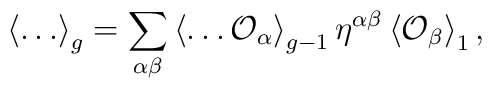
\left\langle \ldots \right\rangle _g=\sum _{\alpha \beta}\left\langle\ldots{\cal O}_{\alpha}\right\rangle_{g-1}\eta^{\alpha\beta}\left\langle{\cal O}_{\beta}\right\rangle _1,